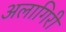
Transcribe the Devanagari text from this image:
अलागिरी